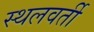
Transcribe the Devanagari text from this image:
स्थलवर्ती